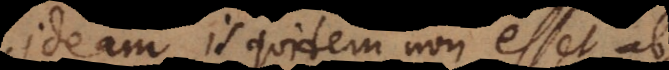
ideam, is quidem non esset ab